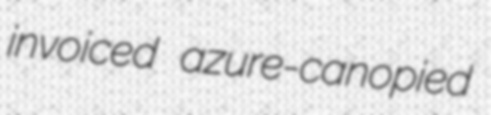
invoiced azure-canopied